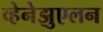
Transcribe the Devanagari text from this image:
व्हेनेझुएलन